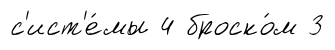
с'ист'е́мы 4 броско́м 3